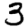
Digit: 3